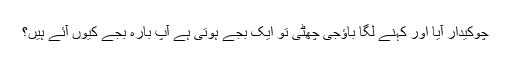
چوکیدار آیا اور کہنے لگا باؤجی چھٹی تو ایک بجے ہوتی ہے آپ بارہ بجے کیوں آئے ہیں؟